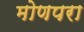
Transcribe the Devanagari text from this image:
मोणपरा